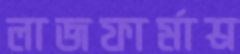
লাজফার্মাশ্র